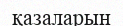
қазаларын